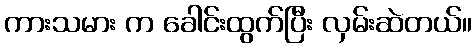
ကားသမား က ခေါင်းထွက်ပြီး လှမ်းဆဲတယ်။